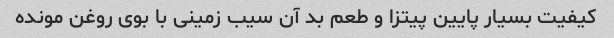
کیفیت بسیار پایین پیتزا و طعم بد آن سیب زمینی با بوی روغن مونده